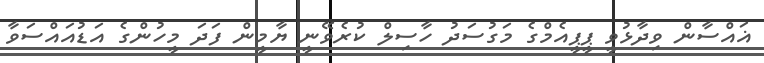
ޣައްސާން ވިދާޅުވީ ޕީޕީއެމްގެ މަގުސަދު ހާސިލް ކުރެވޭނީ ޔާމީން ފަދަ މީހުންގެ އަޑުއައްސަވާ